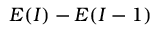
E ( I ) { } - E ( I { } - 1 )